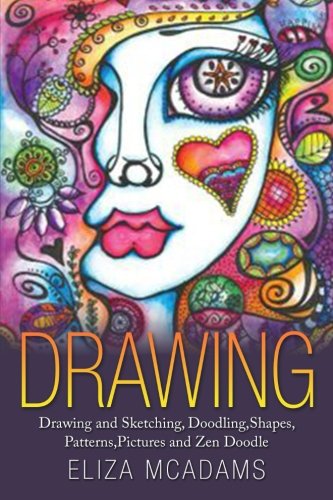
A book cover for Drawing: Drawing and Sketching,Doodling,Shapes,Patterns,Pictures and Zen Doodle; Eliza McAdams; Arts & Photography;